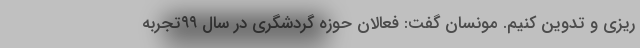
ریزی و تدوین کنیم. مونسان گفت: فعالان حوزه گردشگری در سال ۹۹تجربه